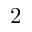
2